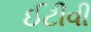
ઈટીવી